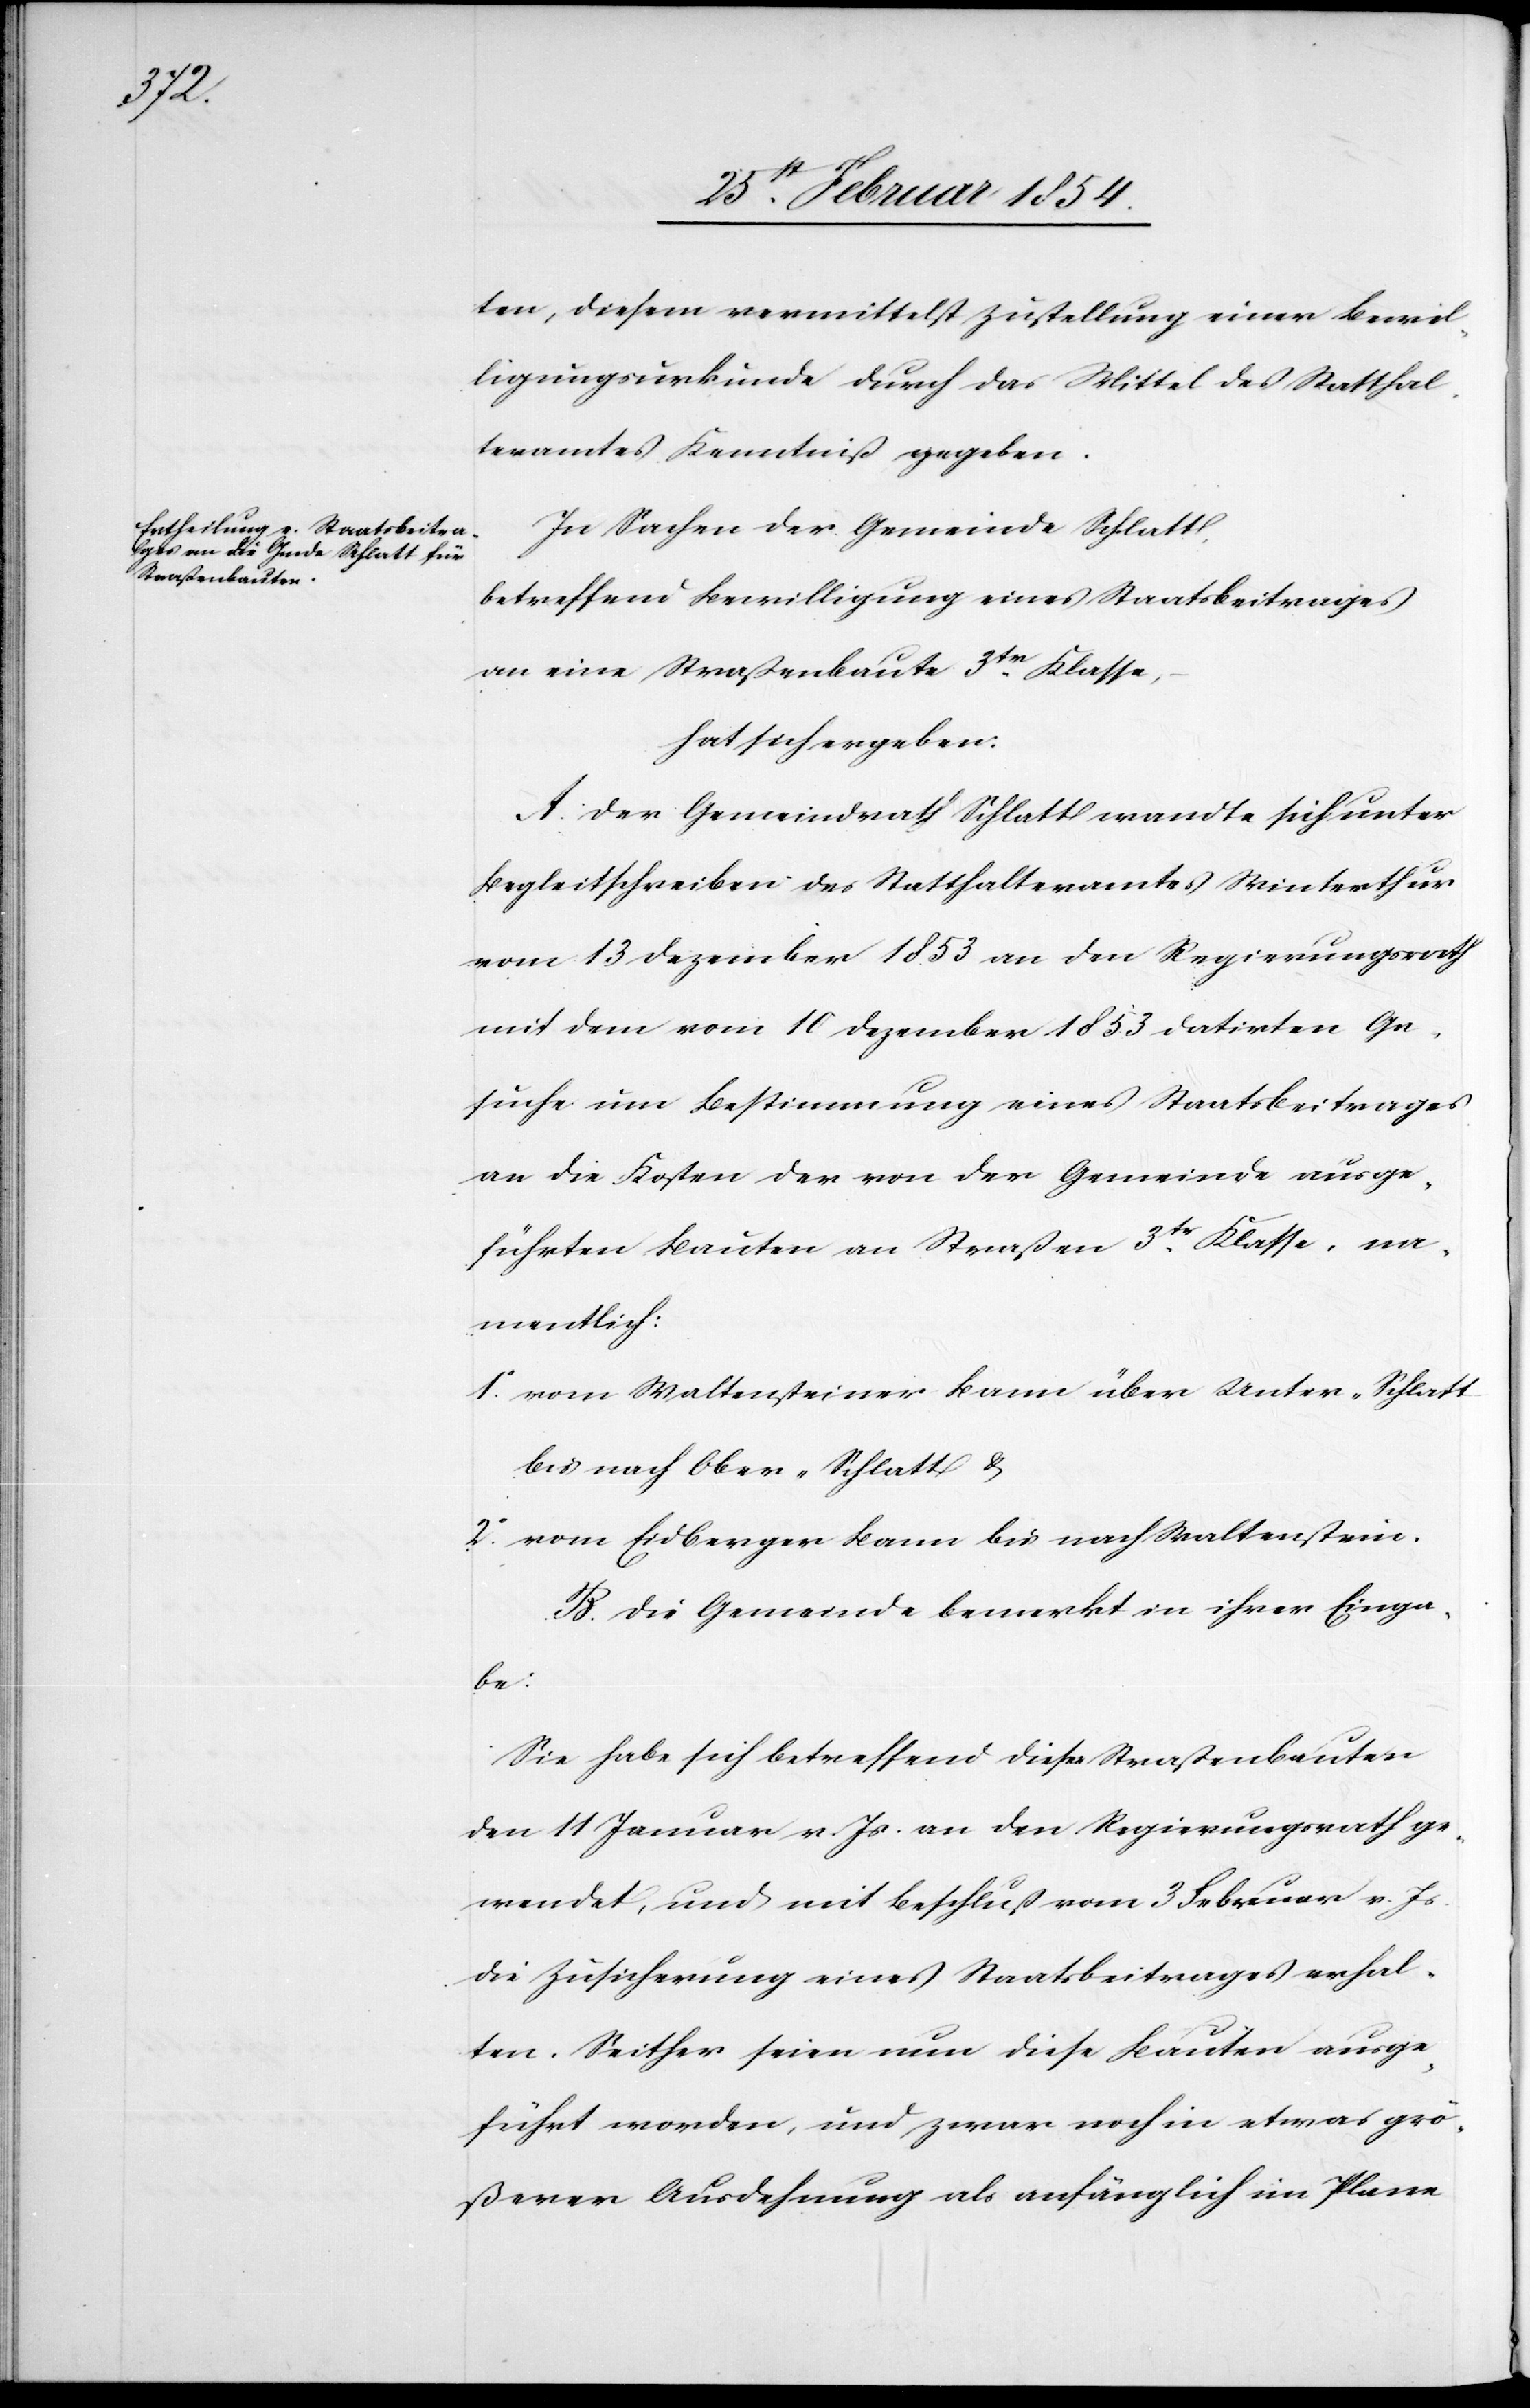
ten, diesem vermittelst Zustellung einer Bewil¬
ligungsurkunde durch das Mittel des Statthal¬
teramtes Kenntniß gegeben.
In Sachen der Gemeinde Schlatt,
betreffend Bewilligung eines Staatsbeitrages
an eine Straßenbaute 3tr Klasse,
hat sich ergeben:
A. Der Gemeindrath Schlatt wandte sich unter
Begleitschreiben des Statthalteramtes Winterthur
vom 13 Dezember 1853 an den Regierungsrath
mit dem vom 10 Dezember 1853 datirten Ge¬
suche um Bestimmung eines Staatsbeitrages
an die Kosten der von der Gemeinde aus¬
führten Bauten an Straßen 3tr Klasse, na¬
mentlich:
1o vom Waltensteiner Baum über Unter-Schlatt
bis nach Ober-Schlatt %
2o vom Eidberger Baum bis nach Waltenstein.
B. Die Gemeinde bemerkt in ihrer Einga¬
be:
Sie habe sich betreffend dieser Straßenbauten
den 11 Januar v. Js. an den Regierungsrath ge¬
wendet, und mit Beschluß vom 3 Februar v. Js.
die Zusicherung eines Staatsbeitrages erhal¬
ten. Seither seien nun diese Bauten ausge¬
führt worden, und zwar noch in etwas grö¬
ßerer Ausdehnung als anfänglich im Plane